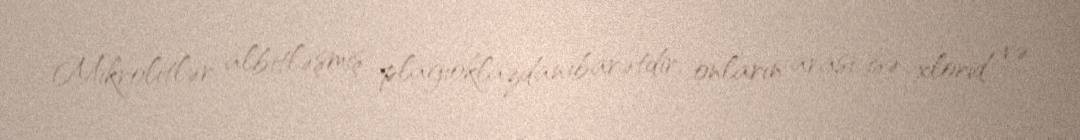
Mikrolitlər albitləşmiş plagioklazdan ibarətdir, onların arası isə xlorid və